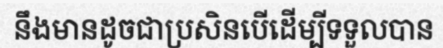
នឹងមានដូចជាប្រសិនបើដើម្បីទទួលបាន